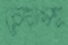
রেখাসহ